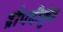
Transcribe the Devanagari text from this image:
द्रौपदीकुंड